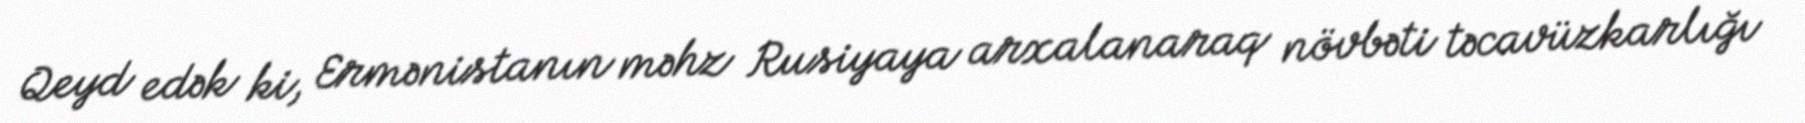
Qeyd edək ki, Ermənistanın məhz Rusiyaya arxalanaraq növbəti təcavüzkarlığı